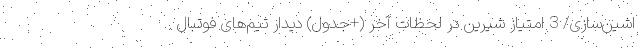
اشین‌سازی/ 3 امتیاز شیرین در لحظات آخر (+جدول) دیدار تیم‌های فوتبال